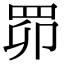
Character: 𦊑